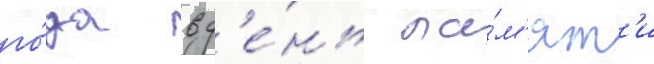
го́да в д'е́нь па́м'ят'и